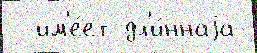
- им'е́ет дл'и́ннаjа